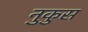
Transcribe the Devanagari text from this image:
नुकुस